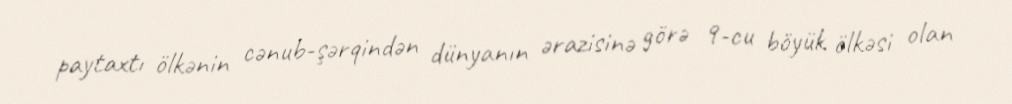
paytaxtı ölkənin cənub-şərqindən dünyanın ərazisinə görə 9-cu böyük ölkəsi olan